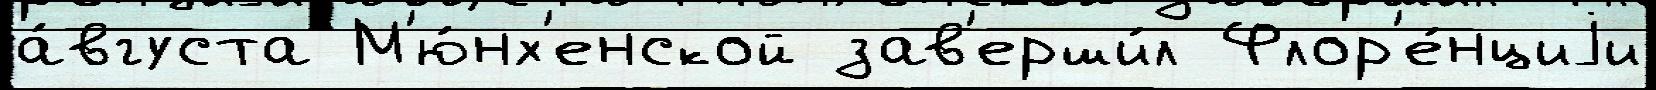
а́вгуста М'ю́нх'енской зав'ерши́л Флор'е́нциjи